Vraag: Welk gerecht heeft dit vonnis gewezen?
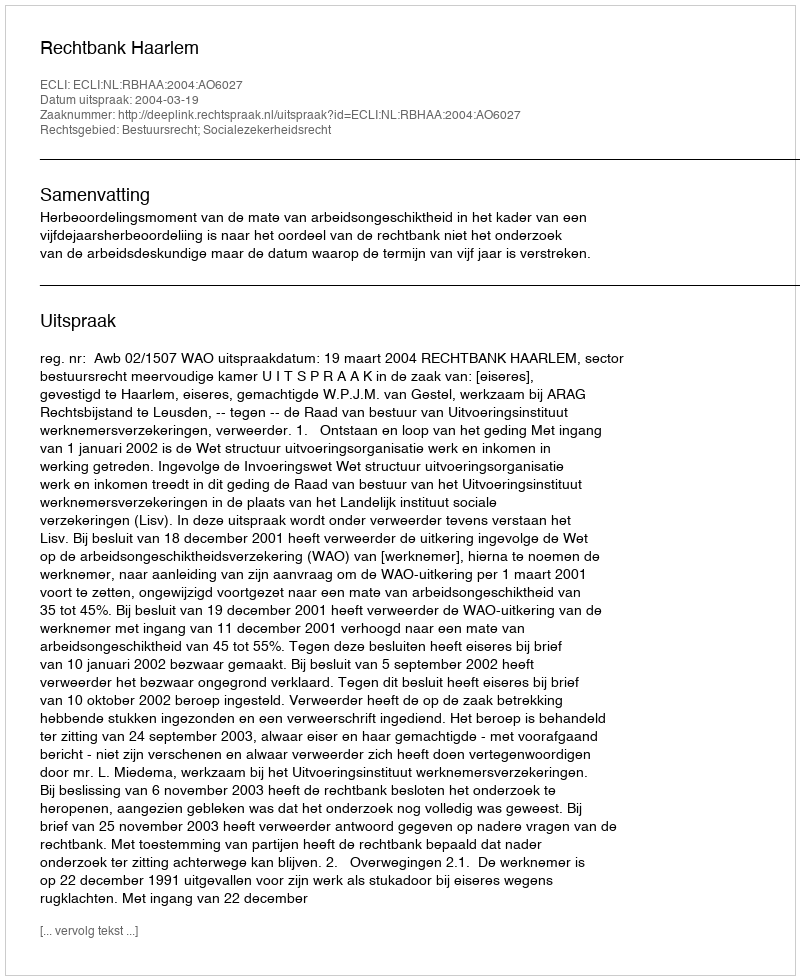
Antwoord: Rechtbank Haarlem